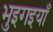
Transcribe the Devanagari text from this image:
भुइगइयाँ